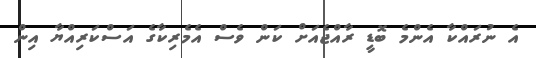
އެ ނުރައްކާ އެންމެ ބޮޑީ ރާއްޖެއަށް ކަން ވެސް އެމެރިކާގެ އަސްކަރިއްޔާ އިން